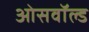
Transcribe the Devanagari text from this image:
ओसवॉल्ड